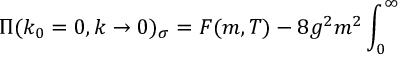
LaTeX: \Pi ( k _ { 0 } = 0 , k \to 0 ) _ { \sigma } = { \cal F } ( m , T ) - 8 g ^ { 2 } m ^ { 2 } \int _ { 0 } ^ { \infty }